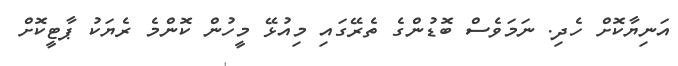
އަނިޔާކޮށް ހެދި. ނަމަވެސް ބޮޑުންގެ ތެރޭގައި މިއުޅޭ މީހުން ކޮންމެ ރެޔަކު ޕާޓީކޮށް